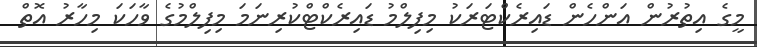
މީގެ އިތުރުން އަންހެން ޑައިރެކްޓަރަކު މިފިލްމު ޑައިރެކްޓްކުރިނަމަ މިފިލްމުގެ ވާހަކަ މިހާރު އޮތް